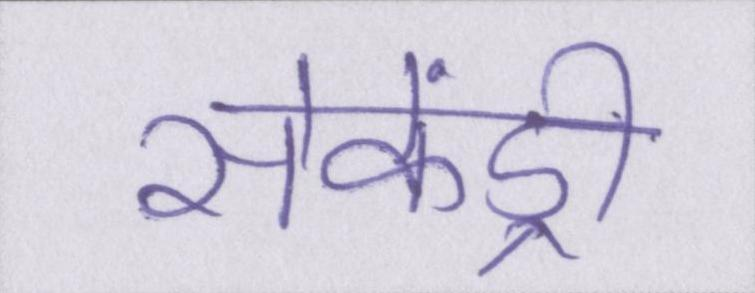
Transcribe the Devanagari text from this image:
सेकेंड्री